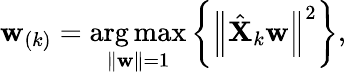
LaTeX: \mathbf{w}_{(k)}=\underset{\| \mathbf{w}\| =1}{\arg\operatorname*{max}}\left\{ \left\| \hat{\mathbf{X}}_{k}\mathbf{w}\right\| ^{2}\right\} ,